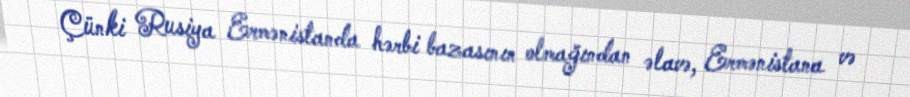
Çünki Rusiya Ermənistanda hərbi bazasının olmağından əlavə, Ermənistana və